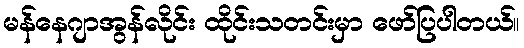
မန်နေဂျာအွန်လိုင်း ထိုင်းသတင်းမှာ ဖော်ပြပါတယ်။